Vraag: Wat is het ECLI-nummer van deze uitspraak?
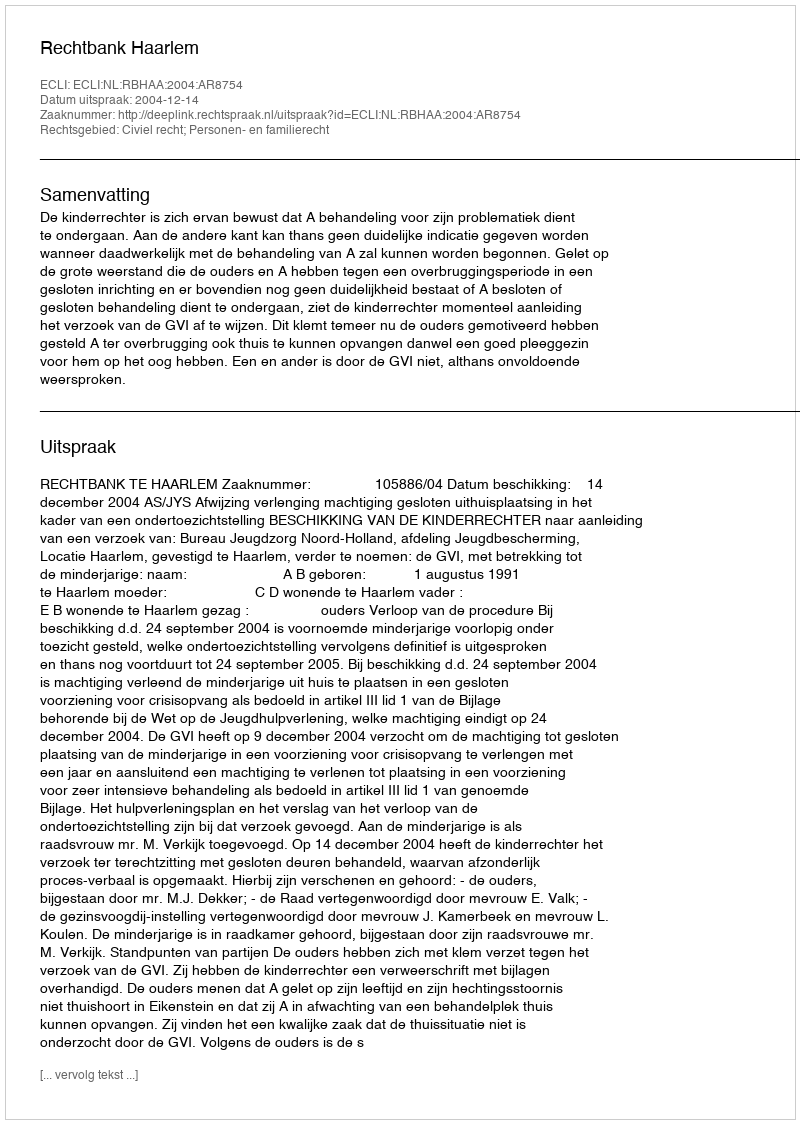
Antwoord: ECLI:NL:RBHAA:2004:AR8754